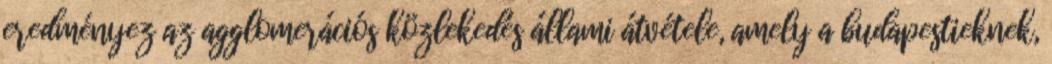
eredményez az agglomerációs közlekedés állami átvétele, amely a budapestieknek,